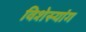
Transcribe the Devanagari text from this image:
विशेस्यांग